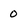
Character: o